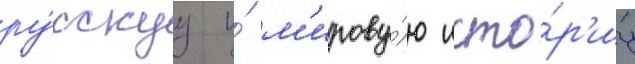
ру́сскуу и́ м'ирову́ю исто́р'иу